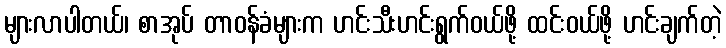
များလာပါတယ်၊ စာအုပ် တာဝန်ခံများက ဟင်းသီးဟင်းရွက်ဝယ်ဖို့ ထင်းဝယ်ဖို့ ဟင်းချက်တဲ့